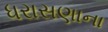
ધરાસણાના